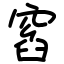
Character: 窞